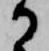
か